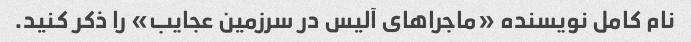
نام کامل نویسنده «ماجراهای آلیس در سرزمین عجایب» را ذکر کنید.